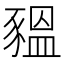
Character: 豱